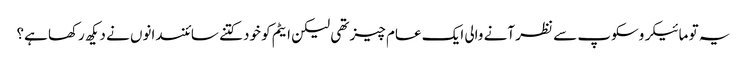
یہ تو مائیکروسکوپ سے نظر آنے والی ایک عام چیز تھی لیکن ایٹم کو خود کتنے سائنسدانوں نے دیکھ رکھا ہے؟